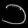
Digit: ၁